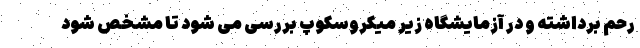
رحم برداشته و در آزمایشگاه زیر میکروسکوپ بررسی می شود تا مشخص شود